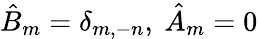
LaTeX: {\hat{B}}_{m}=\delta_{m,-n},\ {\hat{A}}_{m}=0